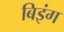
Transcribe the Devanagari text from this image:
बिइंग